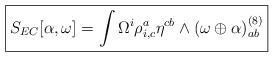
LaTeX: \begin{align*}\boxed{S_{EC}[\alpha,\omega] =\int \Omega^i \rho^a_{i,c}\eta^{cb}\wedge (\omega\oplus\alpha)^{(8)}_{ab}}\end{align*}